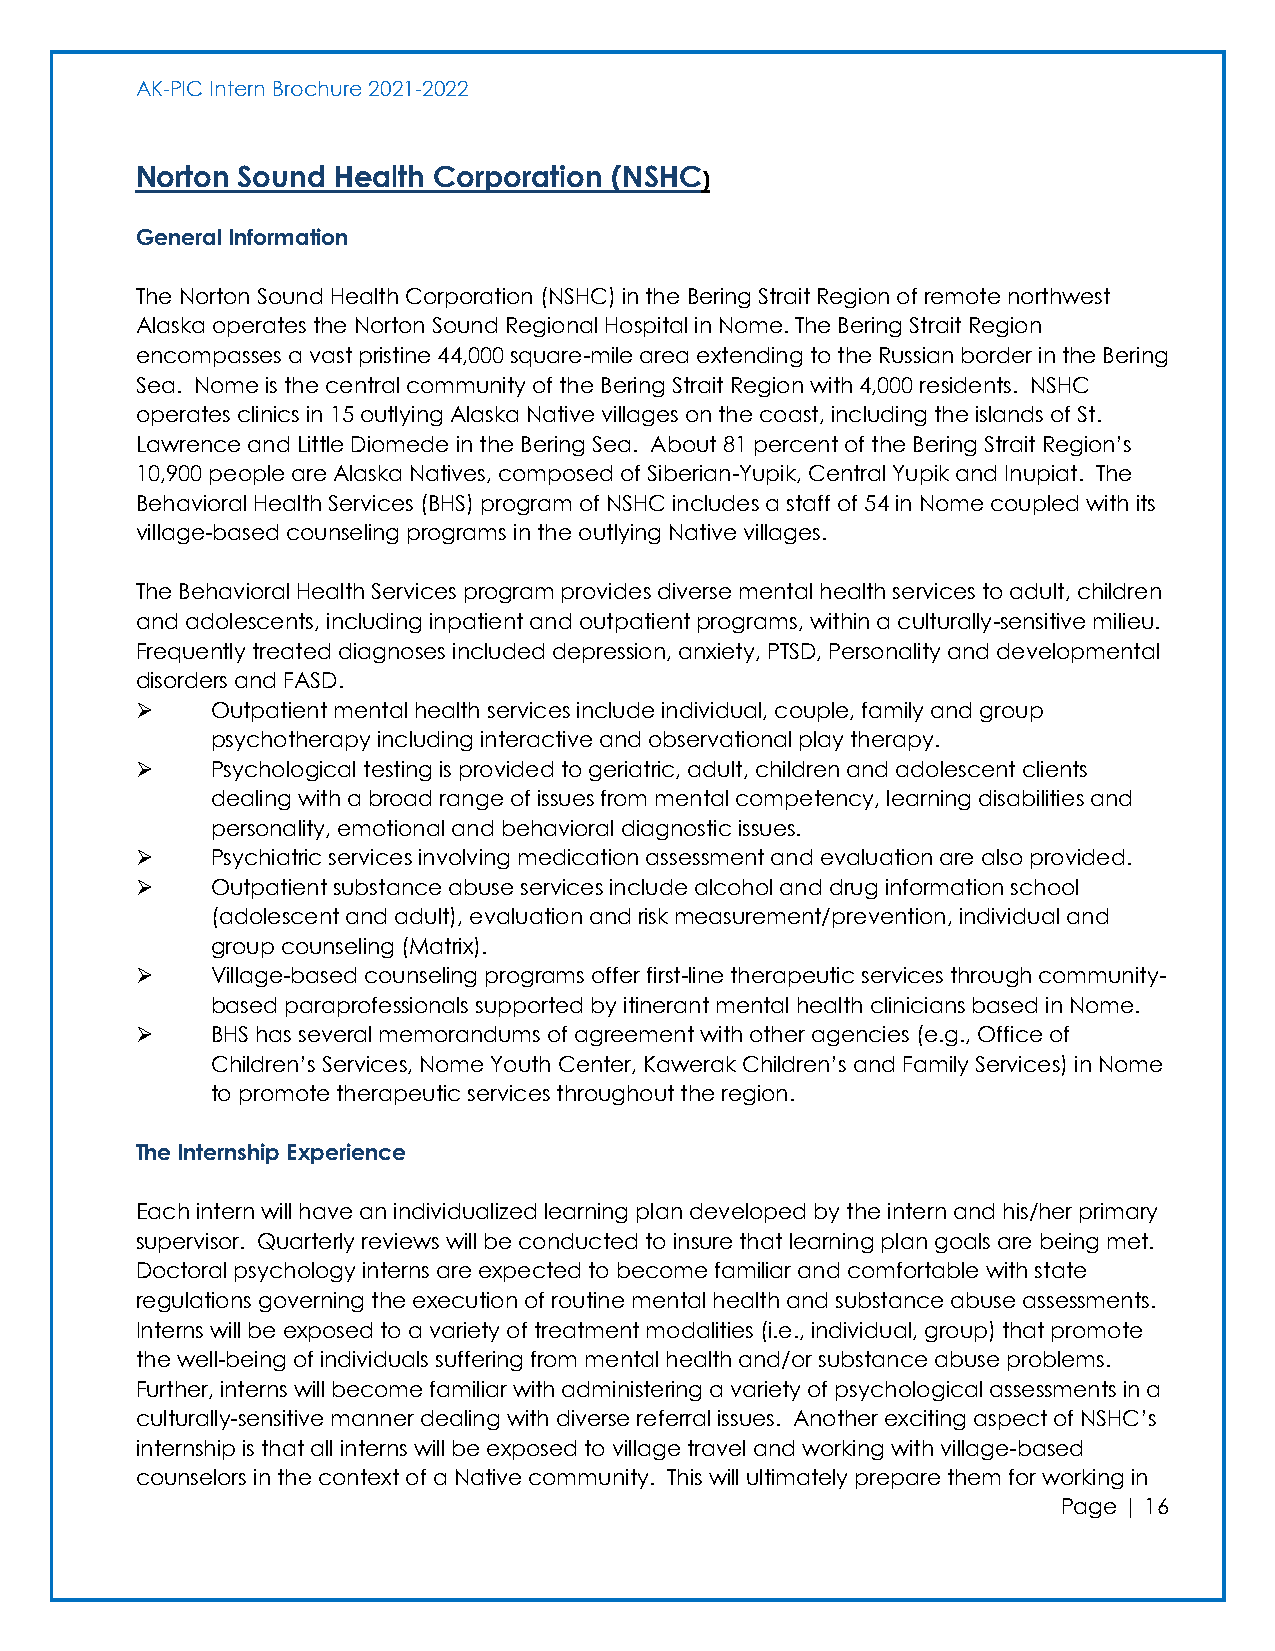
AK-PIC Intern Brochure 2021-2022
 Norton Sound Health Corporation (NSHC)
 General Information
 The Norton Sound Health Corporation (NSHC) in the Bering Strait Region of remote northwest
 Alaska operates the Norton Sound Regional Hospital in Nome. The Bering Strait Region
 encompasses a vast pristine 44,000 square-mile area extending to the Russian border in the Bering
 Sea. Nome is the central community of the Bering Strait Region with 4,000 residents. NSHC
 operates clinics in 15 outlying Alaska Native villages on the coast, including the islands of St.
 Lawrence and Little Diomede in the Bering Sea. About 81 percent of the Bering Strait Region’s
 10,900 people are Alaska Natives, composed of Siberian-Yupik, Central Yupik and Inupiat. The
 Behavioral Health Services (BHS) program of NSHC includes a staff of 54 in Nome coupled with its
 village-based counseling programs in the outlying Native villages.
 The Behavioral Health Services program provides diverse mental health services to adult, children
 and adolescents, including inpatient and outpatient programs, within a culturally-sensitive milieu.
 Frequently treated diagnoses included depression, anxiety, PTSD, Personality and developmental
 disorders and FASD.
 ➢    Outpatient mental health services include individual, couple, family and group
 psychotherapy including interactive and observational play therapy.
 ➢    Psychological testing is provided to geriatric, adult, children and adolescent clients
 dealing with a broad range of issues from mental competency, learning disabilities and
 personality, emotional and behavioral diagnostic issues.
 ➢    Psychiatric services involving medication assessment and evaluation are also provided.
 ➢    Outpatient substance abuse services include alcohol and drug information school
 (adolescent and adult), evaluation and risk measurement/prevention, individual and
 group counseling (Matrix).
 ➢    Village-based counseling programs offer first-line therapeutic services through community-
 based paraprofessionals supported by itinerant mental health clinicians based in Nome.
 ➢    BHS has several memorandums of agreement with other agencies (e.g., Office of
 Children’s Services, Nome Youth Center, Kawerak Children’s and Family Services) in Nome
 to promote therapeutic services throughout the region.
 The Internship Experience
 Each intern will have an individualized learning plan developed by the intern and his/her primary
 supervisor. Quarterly reviews will be conducted to insure that learning plan goals are being met.
 Doctoral psychology interns are expected to become familiar and comfortable with state
 regulations governing the execution of routine mental health and substance abuse assessments.
 Interns will be exposed to a variety of treatment modalities (i.e., individual, group) that promote
 the well-being of individuals suffering from mental health and/or substance abuse problems.
 Further, interns will become familiar with administering a variety of psychological assessments in a
 culturally-sensitive manner dealing with diverse referral issues. Another exciting aspect of NSHC’s
 internship is that all interns will be exposed to village travel and working with village-based
 counselors in the context of a Native community. This will ultimately prepare them for working in
 Page | 16